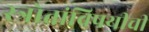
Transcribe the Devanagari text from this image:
स्त्रोतांविषयीची